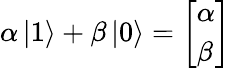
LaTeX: \alpha\left\vert 1\right\rangle+\beta\left\vert 0\right\rangle={\left[\begin{array}{l}{\alpha}\\ {\beta}\end{array}\right]}